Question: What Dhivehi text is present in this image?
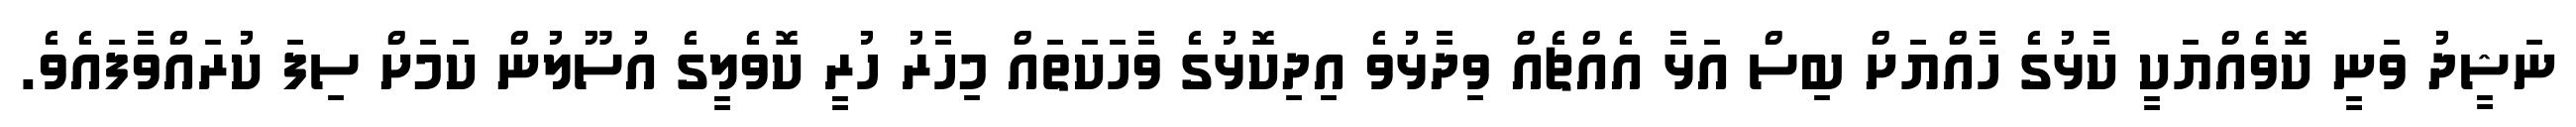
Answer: ނަޝީދު ވަނީ ކޮވެއްޔަކީ ކާޅުގެ ހާއްޔަށް ބިސް އަޅާ އެއްޗެއް ވިދާޅުވެ އިދިކޮޅުގެ ވާހަކަތައް މިހާރު ހުރީ ކޮވެލީގެ އުސޫލުން ކަމަށް ސިފަ ކުރައްވާފައެވެ.